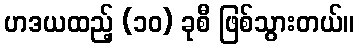
ဟဒယထည့် (၁၀) ခုစီ ဖြစ်သွားတယ်။